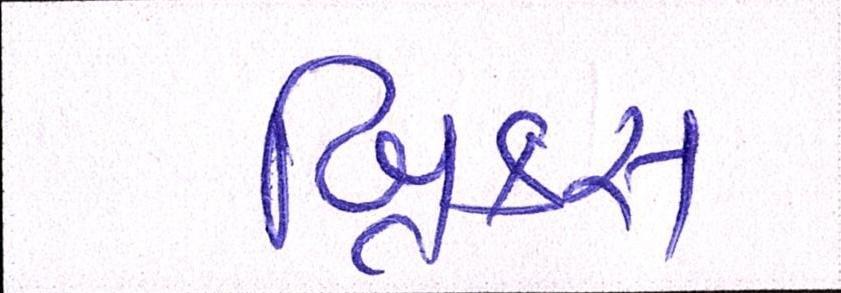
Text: બ્રિક્સ